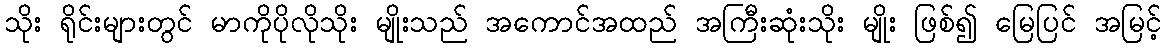
သိုး ရိုင်းများတွင် မာကိုပိုလိုသိုး မျိုးသည် အကောင်အထည် အကြီးဆုံးသိုး မျိုး ဖြစ်၍ မြေပြင် အမြင့်